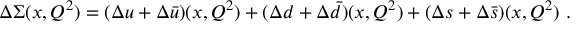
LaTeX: \Delta \Sigma ( x , Q ^ { 2 } ) = ( \Delta u + \Delta \bar { u } ) ( x , Q ^ { 2 } ) + ( \Delta d + \Delta \bar { d } ) ( x , Q ^ { 2 } ) + ( \Delta s + \Delta \bar { s } ) ( x , Q ^ { 2 } ) ~ .